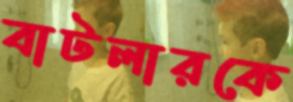
বাটলারকে